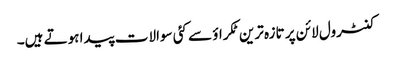
کنٹرول لائن پر تازہ ترین ٹکراؤ سے کئی سوالات پیدا ہوتے ہیں۔